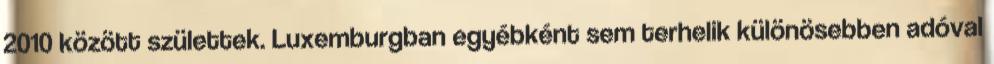
2010 között születtek. Luxemburgban egyébként sem terhelik különösebben adóval